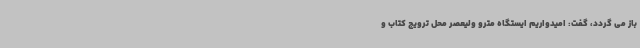
باز می گردد، گفت: امیدواریم ایستگاه مترو ولیعصر محل ترویج کتاب و